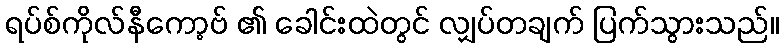
ရပ်စ်ကိုလ်နီကော့ဗ် ၏ ခေါင်းထဲတွင် လျှပ်တချက် ပြက်သွားသည်။